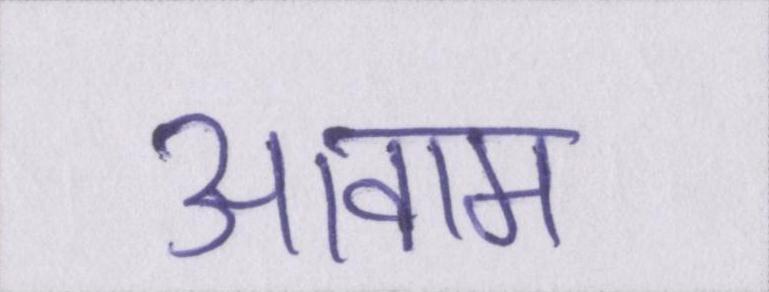
आवाम